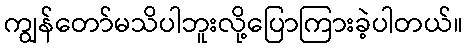
ကျွန်တော်မသိပါဘူးလို့ပြောကြားခဲ့ပါတယ်။